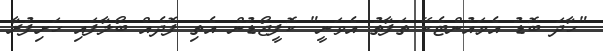
"ހާދަ ބޮޑު އެމައުންޓެކޭ ތަފާތު އެވަނީ" ކޮފީޖޯޑުން އެތި ފޮދެއް ބޯލާފައި ހަށިފުރާ